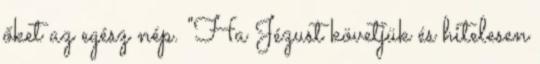
őket az egész nép. "Ha Jézust követjük és hitelesen